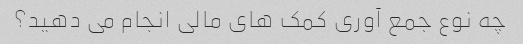
چه نوع جمع آوری کمک های مالی انجام می دهید؟